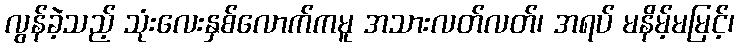
လွန်ခဲ့သည့် သုံးလေးနှစ်လောက်ကမူ အသားလတ်လတ်၊ အရပ် မနိမ့်မမြင့်၊